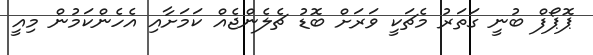
ޕޮޕޯފް ބުނީ ގަތަރު މެޗަކީ ވަރަށް ބޮޑު ޗެލެންޖެއް ކަމަށާއި އެހެންކަމުން މިއީ